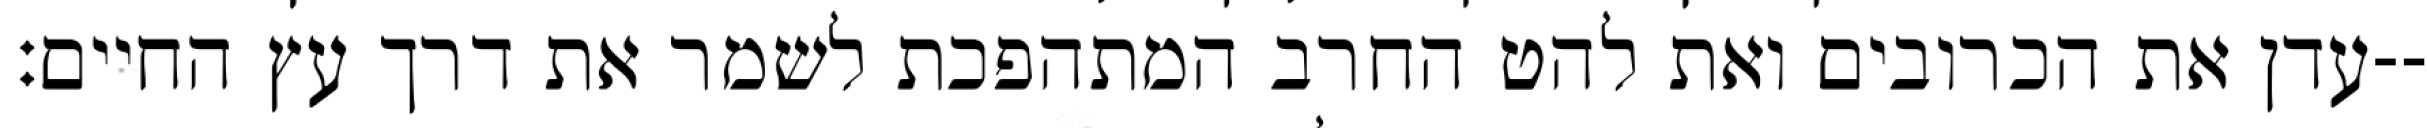
עדן את הכרובים ואת להט החרב המתהפכת לשמר את דרך עץ החיים׃--